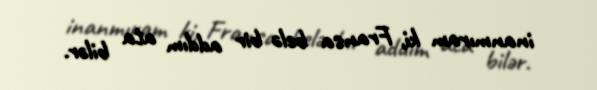
inanmıram ki, Fransa belə bir addım ata bilər.